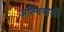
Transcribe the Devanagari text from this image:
अल्वियोली